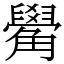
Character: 觷